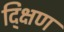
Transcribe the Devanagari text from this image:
द्क्षिण